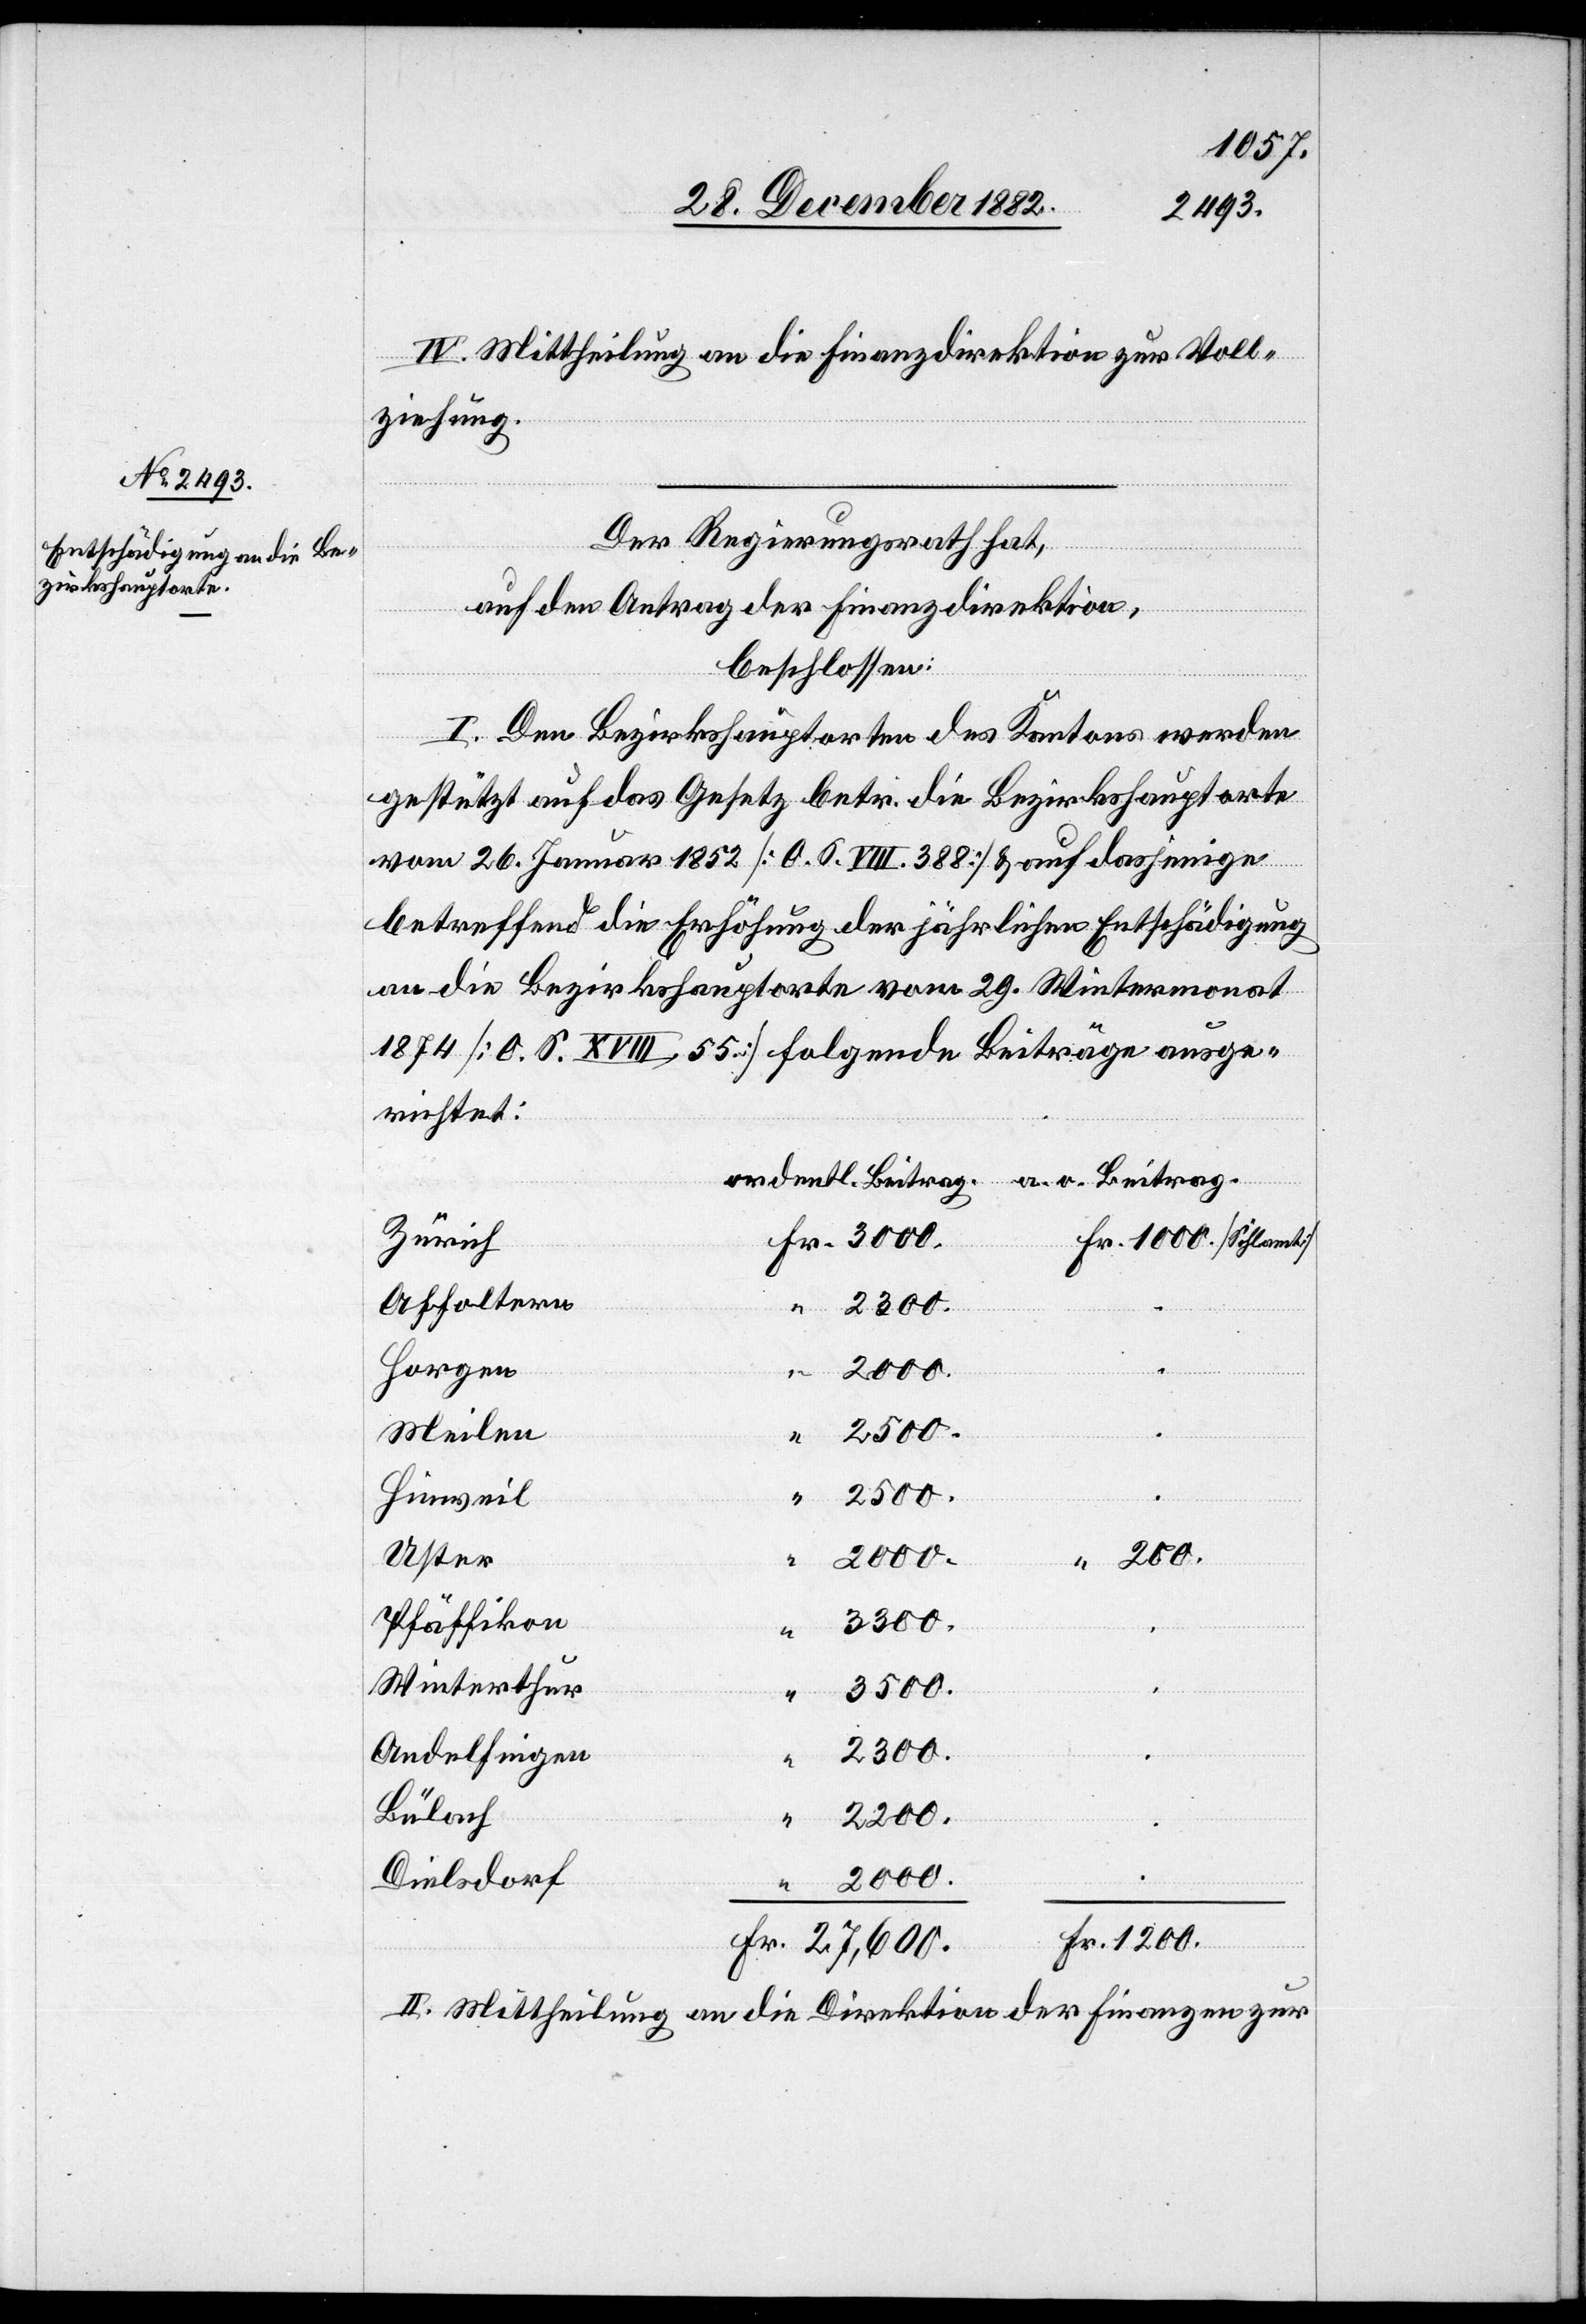
IV. Mittheilung an die Finanzdirektion zur Voll¬
ziehung.
Der Regierungsrath hat,
auf den Antrag der Finanzdirektion,
beschlossen:
I. Den Bezirkshauptorten des Kantons werden
gestützt auf das Gesetz betr. die Bezirkshauptorte
vom 26. Januar 1852 [O. S. VIII. 388] & auf dasjenige
betreffend die Erhöhung der jährlichen Entschädigung
an die Bezirkshauptorte vom 29. Wintermonat
1874 [O. S. XVIII 55] folgende Beiträge ausge¬
richtet:
Beitrag.
Zürich
Affoltern
Horgen
2000.
Fr.
27,600.
Meilen
“
2500.
Hinweil
Uster
Pfäffikon
3300.
Winterthur
3500.
2300.
Andelfingen
Bülach
1200.
Dielsdorf
1000.
II. Mittheilung an die Direktion der Finanzen zur